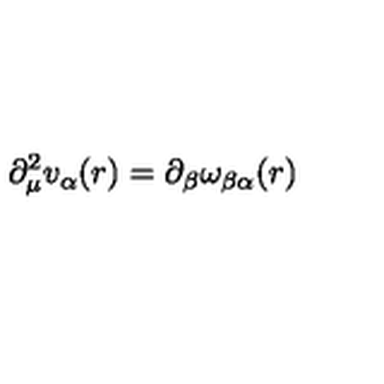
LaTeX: \partial _ { \mu } ^ { 2 } v _ { \alpha } ( r ) = \partial _ { \beta } \omega _ { \beta \alpha } ( r )